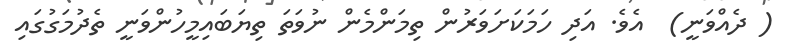
( ދެއްވަނީ)  އެވެ. އަދި ހަމަކަށަވަރުން ތިމަންމެން ނުވަތަ ތިޔަބައިމީހުންވަނީ ތެދުމަގުގައި